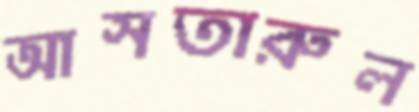
আসতারুল